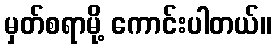
မှတ်စရာမို့ ကောင်းပါတယ်။